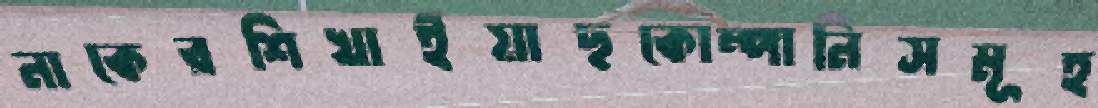
নাকেরশিখাইয়াছকোম্পানিসমূহ